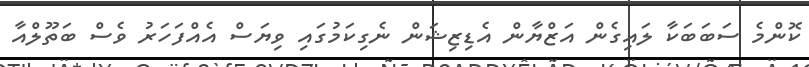
ކޮންމެ ސަބަބަކާ ލައިގެން އަޒްޔާން އެޑިޒިޝަން ނެގިކަމުގައި ވިޔަސް އެއްފަހަރު ވެސް ބަތޫލްއާ